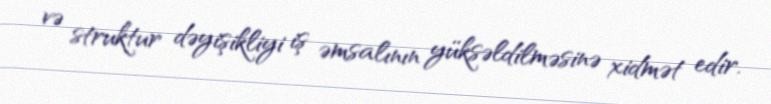
və struktur dəyişikliyi iş əmsalının yüksəldilməsinə xidmət edir.